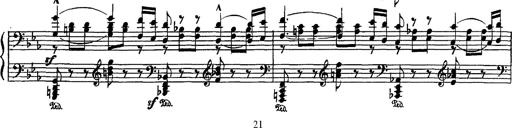
Title: Fantaisie sur des motifs favoris de l'opÃ©ra 'La sonnambula'
Composer: Franz Liszt